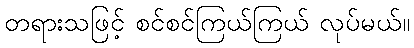
တရားသဖြင့် စင်စင်ကြယ်ကြယ် လုပ်မယ်။